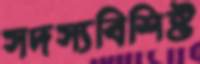
সদস্যবিশিষ্ট